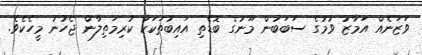
ވަޒަނެއް އަމާޒު ވުމުގެ ސަބަބުން މޫނުގެ ބޮޑެތި އައިބުތަކަކާ ކުރިމަތިލާން ޖެހުނު މީހެކެވެ.